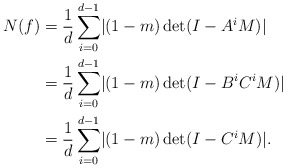
\begin{align*} N(f)&=\frac{1}{d}\sum_{i=0}^{d-1} \lvert (1-m)\det(I-A^i M)\rvert\\ &=\frac{1}{d}\sum_{i=0}^{d-1} \lvert (1-m)\det(I-B^iC^i M)\rvert\\ &=\frac{1}{d}\sum_{i=0}^{d-1} \lvert (1-m)\det(I-C^i M)\rvert.\end{align*}